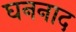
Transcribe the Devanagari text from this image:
घननाद